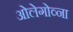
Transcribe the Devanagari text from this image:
ओलेगोव्ना